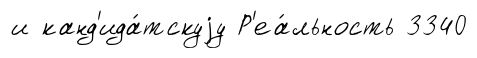
и канд'ида́тскуjу Р'еа́льность 3340